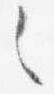
之